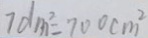
7 d m ^ { 2 } = 7 0 0 c m ^ { 2 }